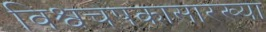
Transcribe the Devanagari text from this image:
विश्वचषकासारख्या